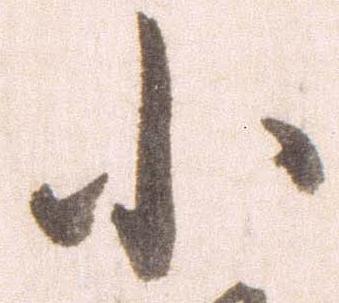
小